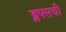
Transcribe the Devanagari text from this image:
ब्लफ्सची